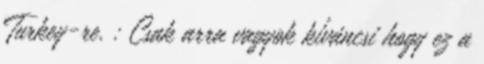
Turkey-re. : Csak arra vagyok kíváncsi hogy ez a